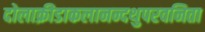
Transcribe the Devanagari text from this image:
दोलाक्रीडाकलानन्दथुपरवनिता